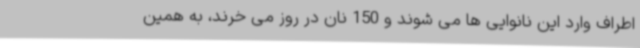
اطراف وارد این نانوایی ها می شوند و 150 نان در روز می خرند، به همین